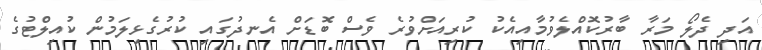
އަދި ދެލޯ މަރާ ބާރުކޮއްލެވުމާއިއެކު ކުރިއަށްވުރެ ވެސް ބޮޑަށް އެނދުގައި ކުރުގެޅިލަމުން ކުއިލްޓުގެ